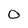
Character: O